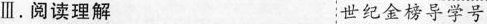
Ⅲ.阅读理解 世纪金榜导学号